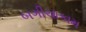
બગીચાકામ